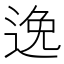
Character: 𨓜